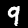
Label: 9